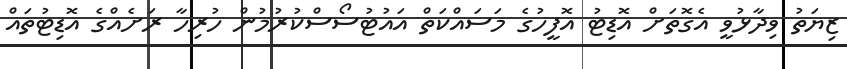
ޒިޔަތު ވިދާޅުވީ އެގޮތަށް އޮޑިޓު އޮފީހުގެ މަސައްކަތް އައުޓުސޯސްކުރުމުން ހުރިހާ ރަށެއްގެ އޮޑިޓުތައް